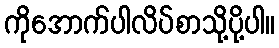
ကိုအောက်ပါလိပ်စာသို့ပို့ပါ။